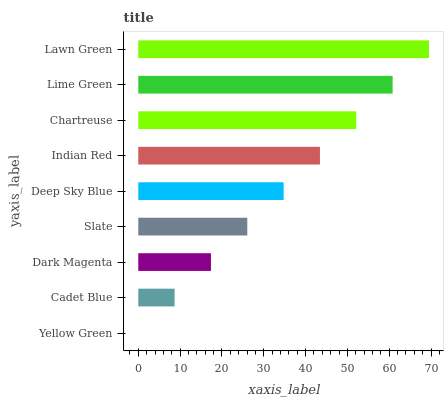
| yaxis_label | bars |
 | --- | --- |
 | Yellow Green | 0 |
 | Cadet Blue | 8.69 |
 | Dark Magenta | 17.4 |
 | Slate | 26.1 |
 | Deep Sky Blue | 34.8 |
 | Indian Red | 43.4 |
 | Chartreuse | 52.1 |
 | Lime Green | 60.8 |
 | Lawn Green | 69.5 |